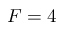
F = 4